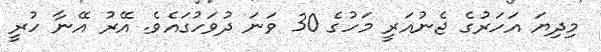
މިދިޔަ އަހަރުގެ ޖެނުއަރީ މަހުގެ 30 ވަނަ ދުވަހުގައެވެ. އޭރު އޭނާ ހުރީ